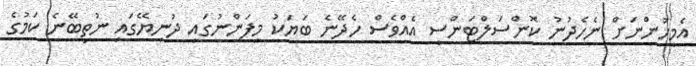
އެމީހުންނަށް ނެހެދުނު ކޮންސަލްޓަންސީ އެއްވެސް ހެދޭނެ ބަޔަކު މިފަންނުގައި ދުނިޔޭގައި ނުތިބޭނެ ކަމުގެ